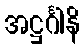
အဋ္ဌင်္ဂါနိ